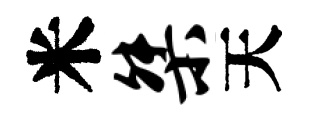
米桀天